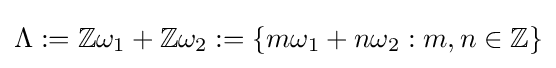
\Lambda :=\mathbb {Z} \omega _{1}+\mathbb {Z} \omega _{2}:=\{m\omega _{1}+n\omega _{2}:m,n\in \mathbb {Z} \}